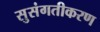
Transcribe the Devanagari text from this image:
सुसंगतीकरण